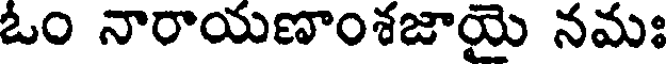
ఓం నారాయణాంశజాయై నమః